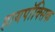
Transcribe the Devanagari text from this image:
हायपॉक्सिक